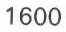
1600